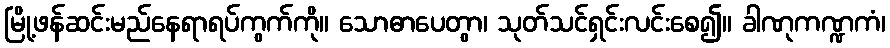
မြို့ဖန်ဆင်းမည်နေရာရပ်ကွက်ကို။ သောဓာပေတွာ၊ သုတ်သင်ရှင်းလင်းစေ၍။ ခါဏုကဏ္ဍကံ၊